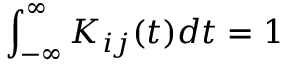
\int _ { - \infty } ^ { \infty } K _ { i j } ( t ) d t = 1